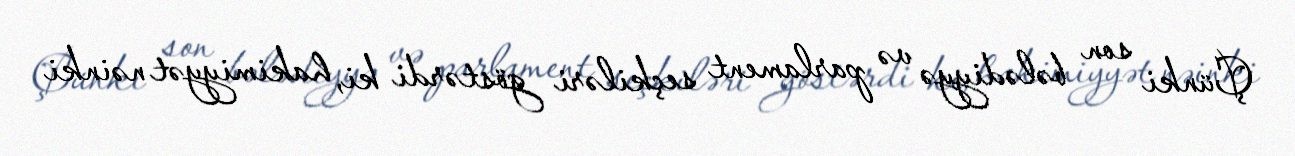
Çünki son bələdiyyə və parlament seçkiləri göstərdi ki, hakimiyyət nəinki